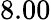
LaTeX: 8.00